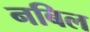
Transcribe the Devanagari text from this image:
नबिल